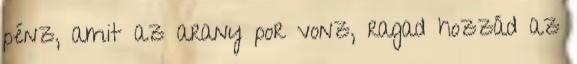
pénz, amit az arany por vonz, ragad hozzád az